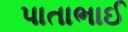
પાતાભાઈ